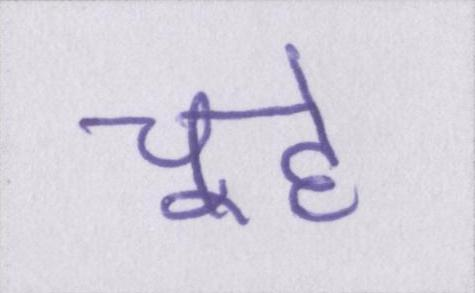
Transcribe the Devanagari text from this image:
चूहे